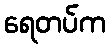
ရေတပ်က